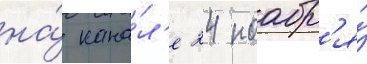
на́ кана́л'е 24 ноабр'я́